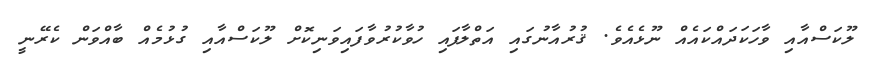
ލޫކަސްއާއި ވާހަކަދައްކައެއް ނޫޅެއެވެ. ޤުރުއާނުގައި އަތްލާފައި ހުވާކުރުވާފައިވަނިކޮށް ލޫކަސްއާއި ގުޅުމެއް ބާއްވަން ކެރޭނީ